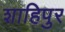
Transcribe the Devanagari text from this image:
शाहिपुर